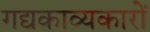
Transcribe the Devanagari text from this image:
गद्यकाव्यकारों